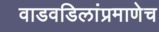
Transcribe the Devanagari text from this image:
वाडवडिलांप्रमाणेच